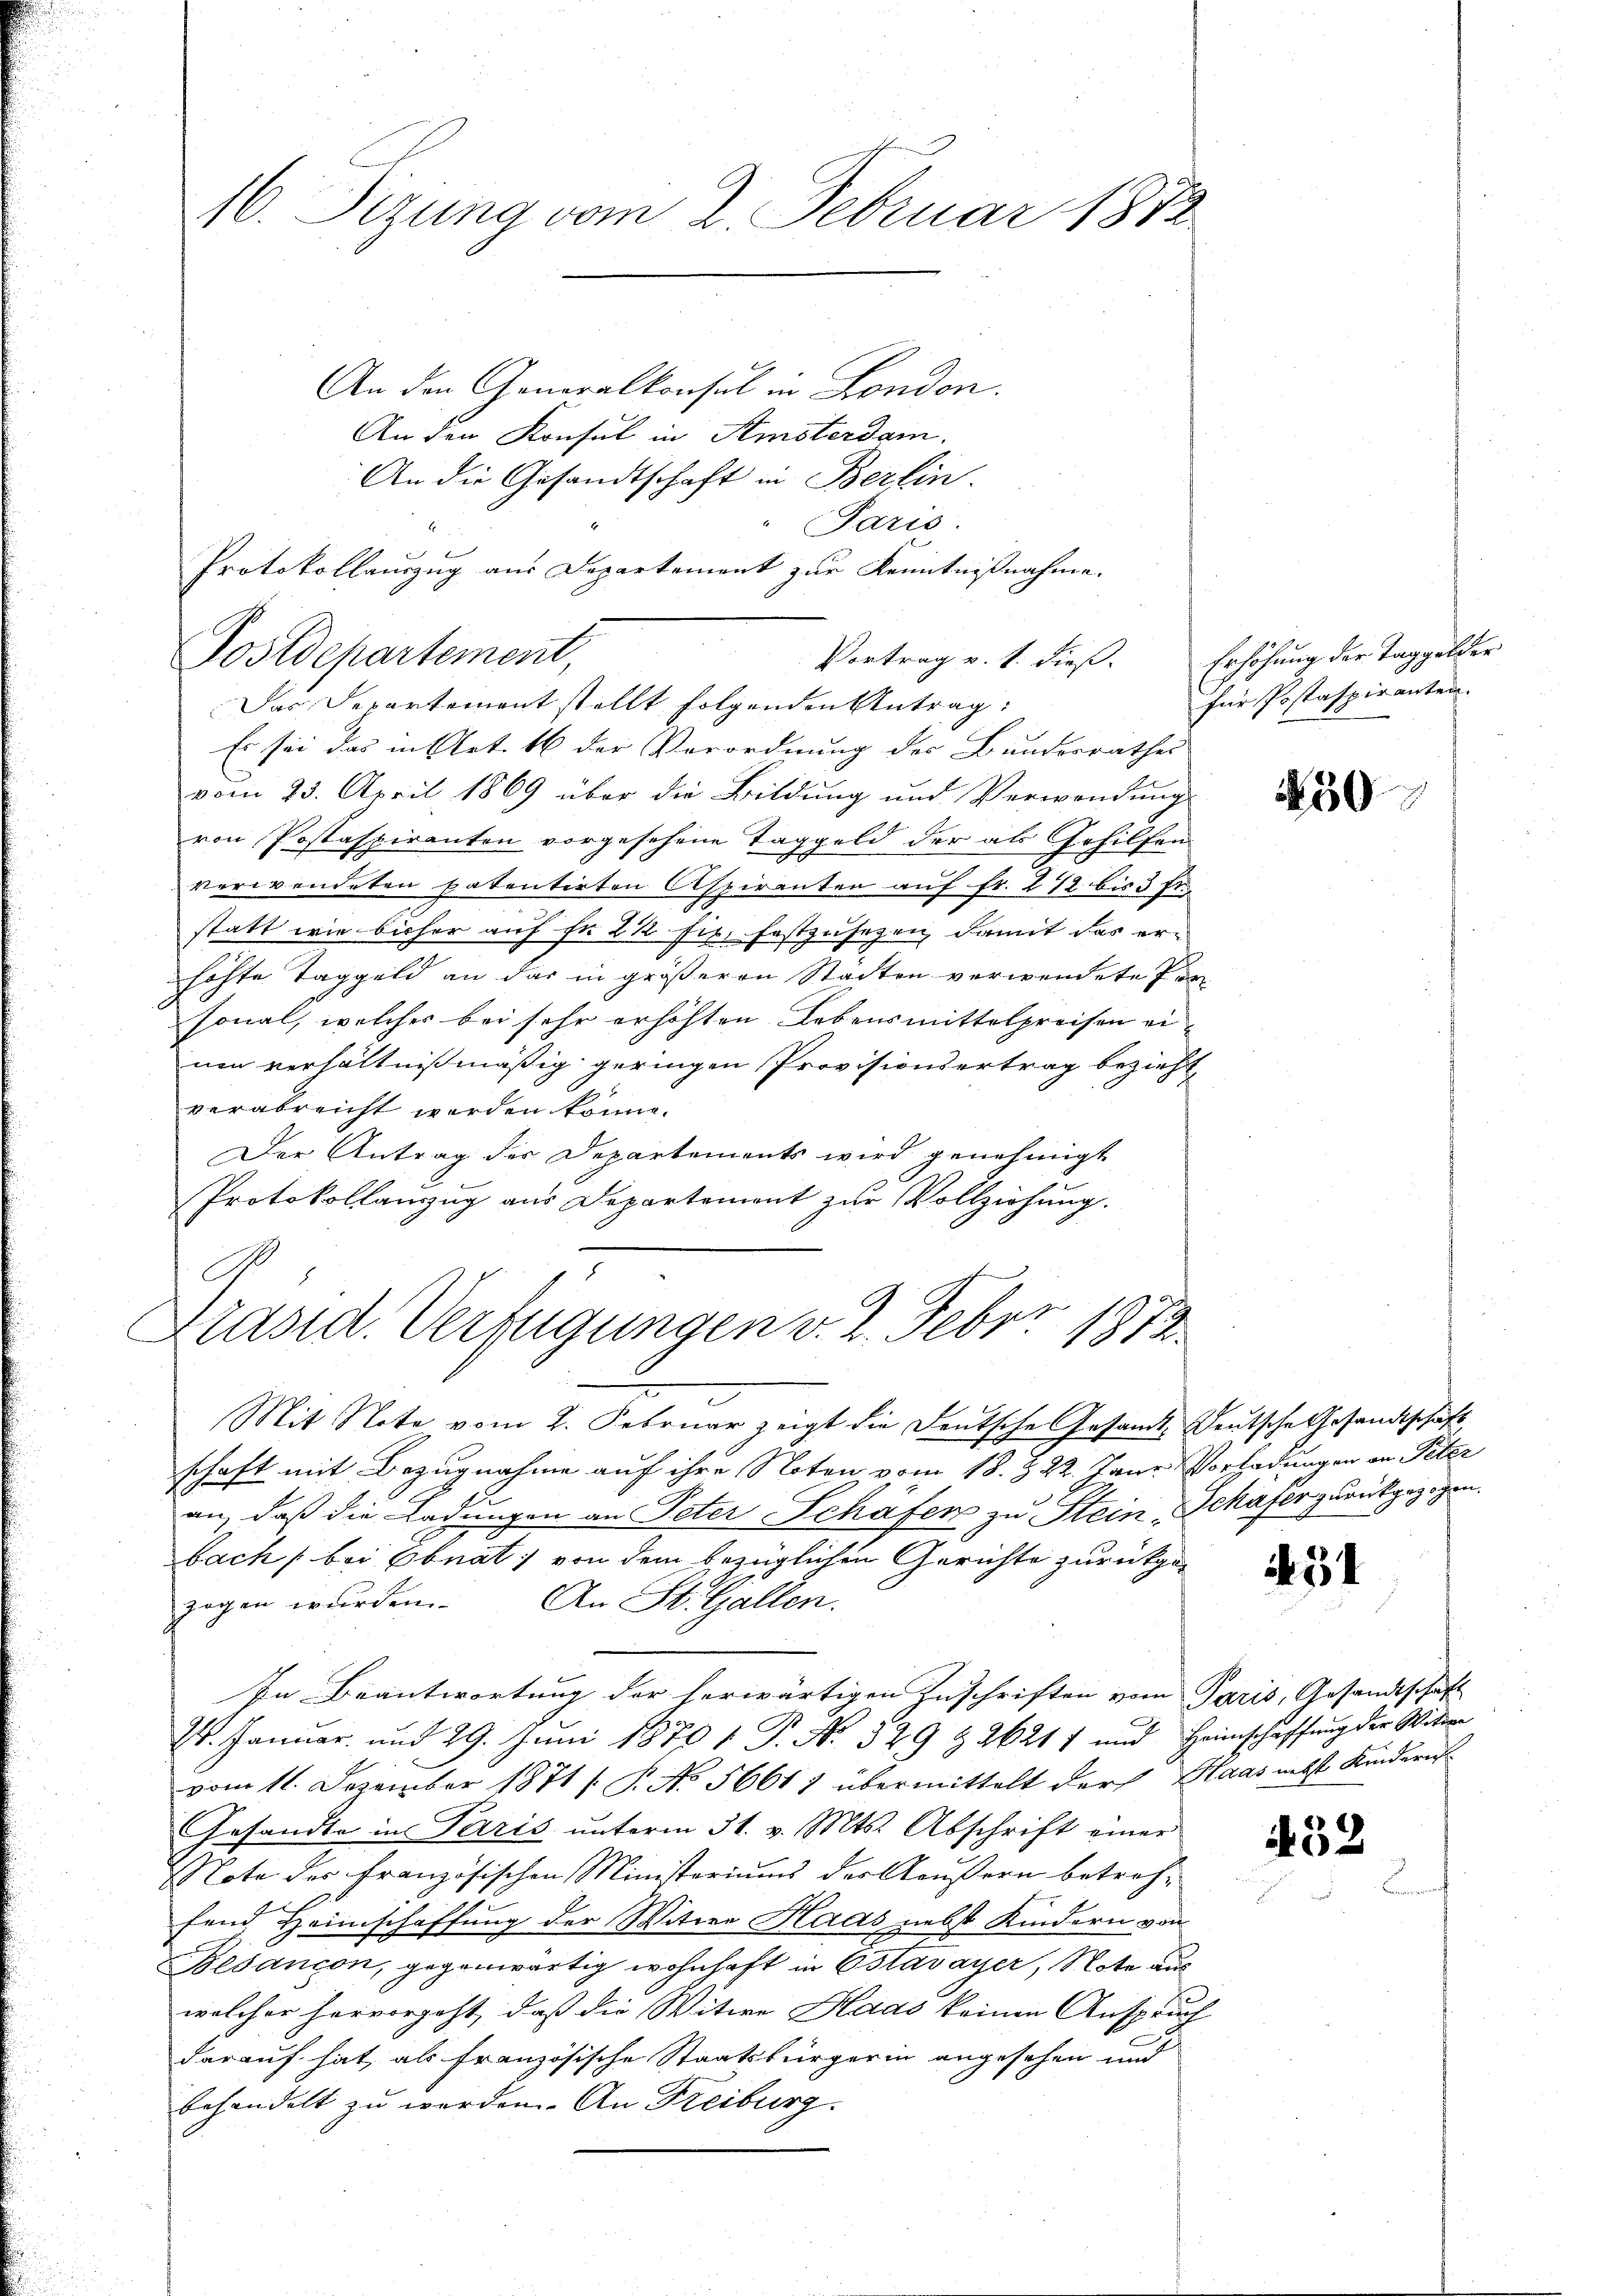
An den Generalkonsul in London.
An den Konsul in Semsterdam.
An die Gesandtschaft in Berlin.
Paris.
Protokollauszug aus Departement zur Kenntnißnahme.
Es sei das in Art. 16 der Verordnung der Bundesrathes
vom 23. April 1869 über die Bildung und Verwendŭng
von Postaspirenten vorgesehene Taggeld der als Gehilfen
verwendeten patentirten Aspiranten auf Fr. 272 bis 3 fr.
statt wie bisher auf fr 2 1/2 fix. festzusezeig damit das erhöhte Taggeld an das in größeren Stadten verwendete Per-
sonal, welches bei sehr erhöhten Lebensmittelpreisen einen verhältnißmäßig geringen Provisionsertrag bezieht
verabreicht werden könne.
Der Antrag der Departements wird genehmigt
Protokollanzzug aus Departemont zur Vollziehung.
Ge
8
Präsid. Verfügungen v. 2. Febr. 1872
Mit Note vom 2. Februar zeigt die Deutsche Gesandt, Deutsche Gesandtschaft,
schaft mit Bezugnahme auf ihre Noten vom 18. § 22. Janr. Vorladungen an Peter
an, daß die Ladungen an Peter Schafen zu Stein Schafer zurückgezogen
bach (bei Ebnat, von dem bezüglichen Gerichte zurückgezogen wurden. An St. Gallen.
In Beantwortung der herwärtigen Zuschriften vom Paris, Gesandtschaft
24. Januar, und 29. Juni 1870 v. P. Nr. 529 & 2621 f und Heimschaffung der Wittwe
vom 11. Dezember 1871 /: P. No 56611 übermittelt der Maas nebst Kindern
Gesandte in Paris unterm 31. v. Mts. Abschrift einer
Note des Französischen Ministoriums der Aeußern betreffend Heimschaffung der Witwe Haas nebst Kindern von
Besançon, gegenwärtig wohnhaft in Estavayer, Note aus
welcher hervorgeht, daß die Witwe Haas keinen Anspruch
darauf hat, als französische Staatsbürgerin angesehen und
behandelt zu werden. An Freiburg.

16. Sizung vom 2. Februar 1872

Postdepartement,
Das Departement stellt folgenden Antrag:

Vortrag v. 1. dieß. Erhöhung der Taggelder

für Postaspiranten.

50

54

132